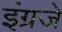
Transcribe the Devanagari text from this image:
इंग्रजे